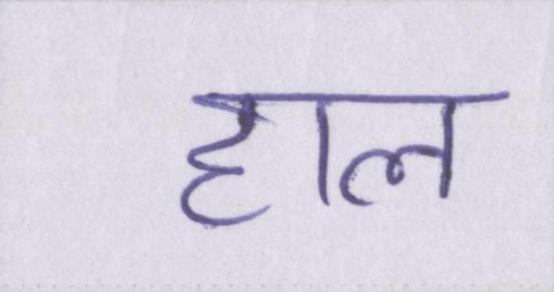
हाल